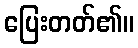
ပြေးတတ်၏။